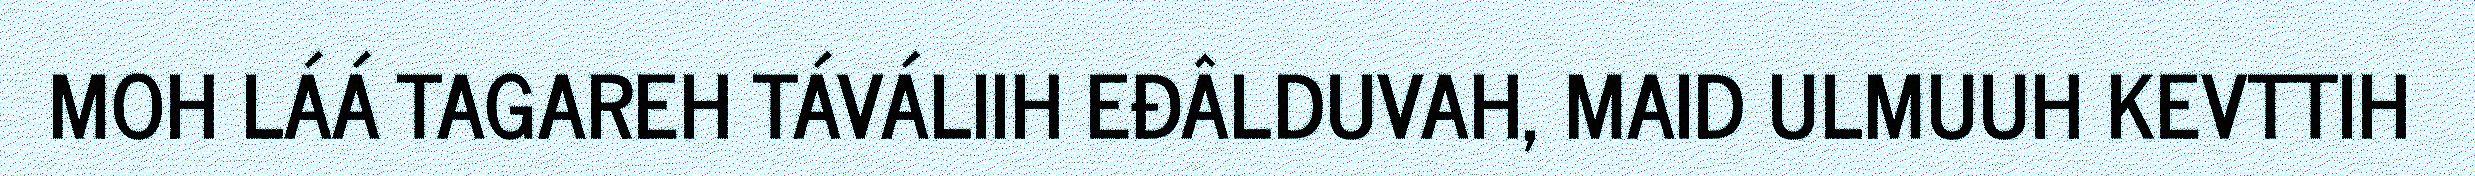
MOH LÁÁ TAGAREH TÁVÁLIIH EĐÂLDUVAH, MAID ULMUUH KEVTTIH